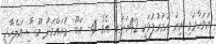
އަވަހާރަވި އިރު އުމުރުފުޅަކީ 42އަހަރު އެވެ. 4- އަބޫ މުޙައްމަދު މޫސާ އަލްހާދީ